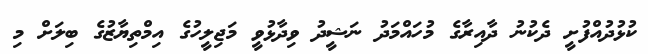
ކުޅުދުއްފުށީ ދެކުނު ދާއިރާގެ މުހައްމަދު ނަޝީދު ވިދާޅުވީ މަޖިލީހުގެ އިމްތިޔާޒުގެ ބިލަށް މި